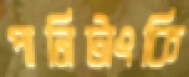
পানিটাংকি